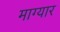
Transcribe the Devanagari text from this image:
माग्यार